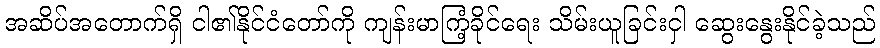
အဆိပ်အတောက်ရှိ ငါ၏နိုင်ငံတော်ကို ကျန်းမာကြံ့ခိုင်ရေး သိမ်းယူခြင်းငှါ ဆွေးနွေးနိုင်ခဲ့သည်